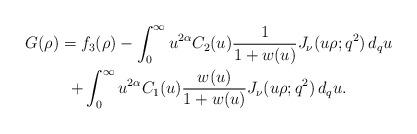
LaTeX: \begin{align*} \begin{gathered} G(\rho)= f_3 (\rho) - \int_0^\infty u^{2\alpha} C_2(u)\dfrac{1}{1+w(u)} J_\nu (u\rho; q^2) \,d_q u \\ + \int_0^\infty u^{2\alpha} C_1(u)\dfrac{w(u)}{1+w(u)}J_\nu (u\rho; q^2) \,d_q u. \end{gathered} \end{align*}